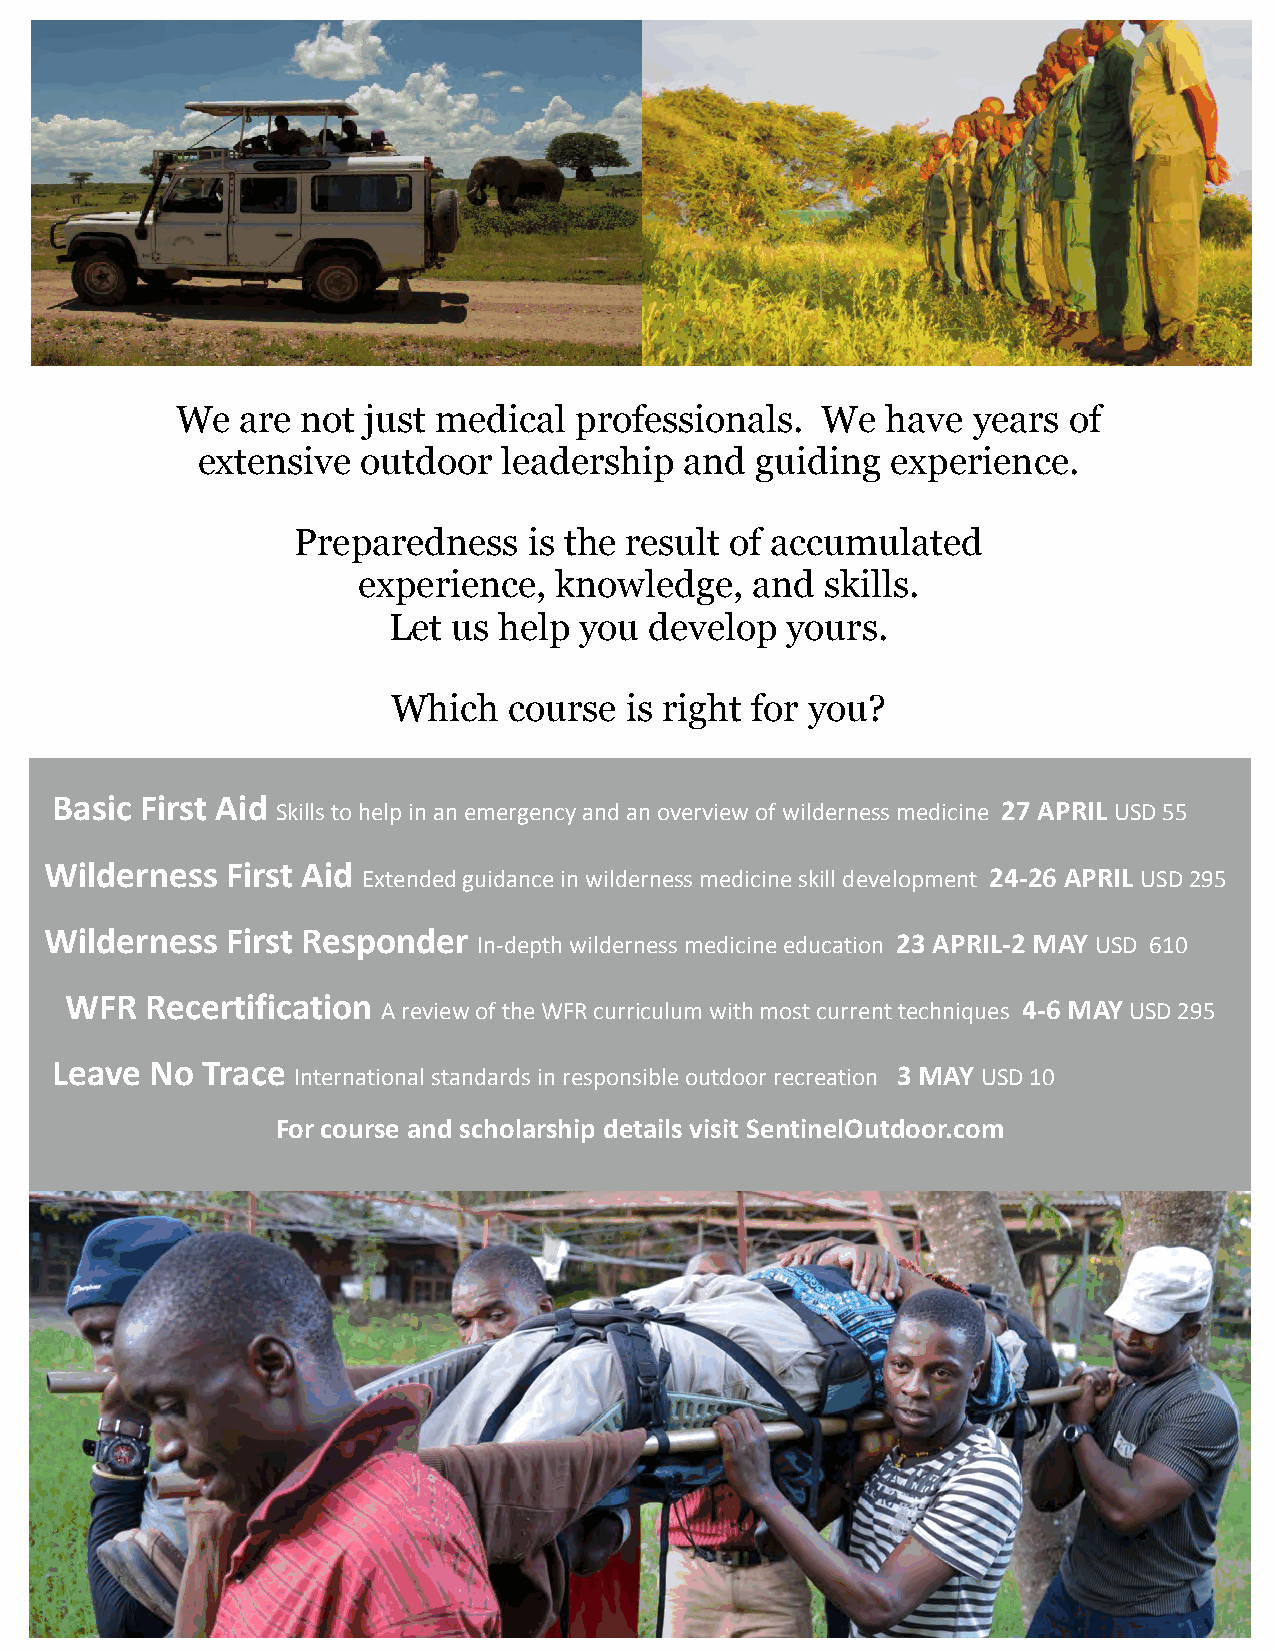
We  are not just medical  professionals.  We   have years  of
 extensive  outdoor  leadership  and  guiding  experience.
 Preparedness    is the result of accumulated
 experience,  knowledge,   and  skills.
 Let us help you  develop  yours.
 Which   course is right for you?
 Basic First Aid Skills to help in an emergency and an overview of wilderness medicine 27 APRIL USD 55
 Wilderness  First Aid Extended guidance in wilderness medicine skill development 24-26 APRIL USD 295
 Wilderness  First Responder  In-depth wilderness medicine education 23 APRIL-2 MAY USD 610
 WFR   Recertification A review of the WFR curriculum with most current techniques 4-6 MAY USD 295
 Leave  No Trace International standards in responsible outdoor recreation 3 MAY USD 10
 For course and scholarship details visit SentinelOutdoor.com